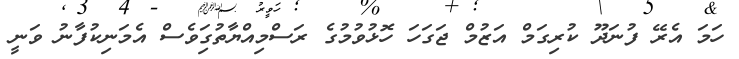
ހަމަ އެރޭ ފުނަދޫ ކުރިގަމް އަޒުމް ޖަގަހަ ހޮޅުވުމުގެ ރަސްމިއްޔާތުގަިވެސް އެމަނިކުފާނު ވަނީ